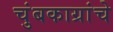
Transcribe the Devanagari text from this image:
चुंबकाग्रांचे